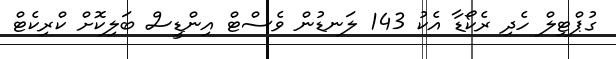
ގުޕްޓިލް ހެދި ރެކޯޑާ އެކު 143 ލަނޑުން ވެސްޓް އިންޑީސް ބަލިކޮށް ކްރިކެޓް